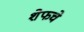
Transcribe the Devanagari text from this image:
शेफचे